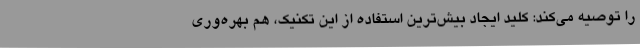
را توصیه می‌کند: کلید ایجاد بیش‌ترین استفاده از این تکنیک، هم بهره‌وری